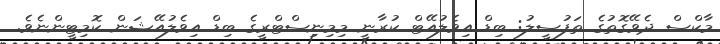
މާކްސް ދެވޭގޮތުގެ ތަފުސީލު: ބިޑް އިވެލުއޭޓް ކުރާނީ މިމިނިސްޓްރީގެ ބިޑް އިވެލުއޭޝަން ކޮމިޓީންނެވެ.